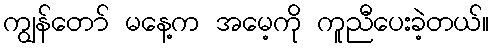
ကျွန်တော် မနေ့က အမေ့ကို ကူညီပေးခဲ့တယ်။